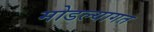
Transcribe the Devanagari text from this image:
मोडल्यागत